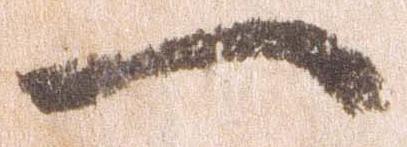
一